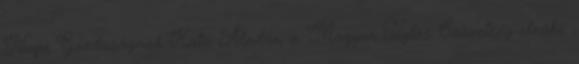
Napi Gazdaságnak Kató Aladár, a Magyar Téglás Szövetség elnöke.